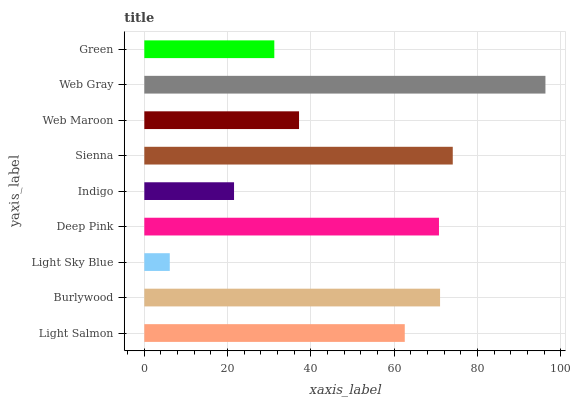
| yaxis_label | bars |
 | --- | --- |
 | Light Salmon | 62.5 |
 | Burlywood | 71 |
 | Light Sky Blue | 6.11 |
 | Deep Pink | 70.7 |
 | Indigo | 21.5 |
 | Sienna | 74 |
 | Web Maroon | 37.1 |
 | Web Gray | 96.3 |
 | Green | 31.2 |